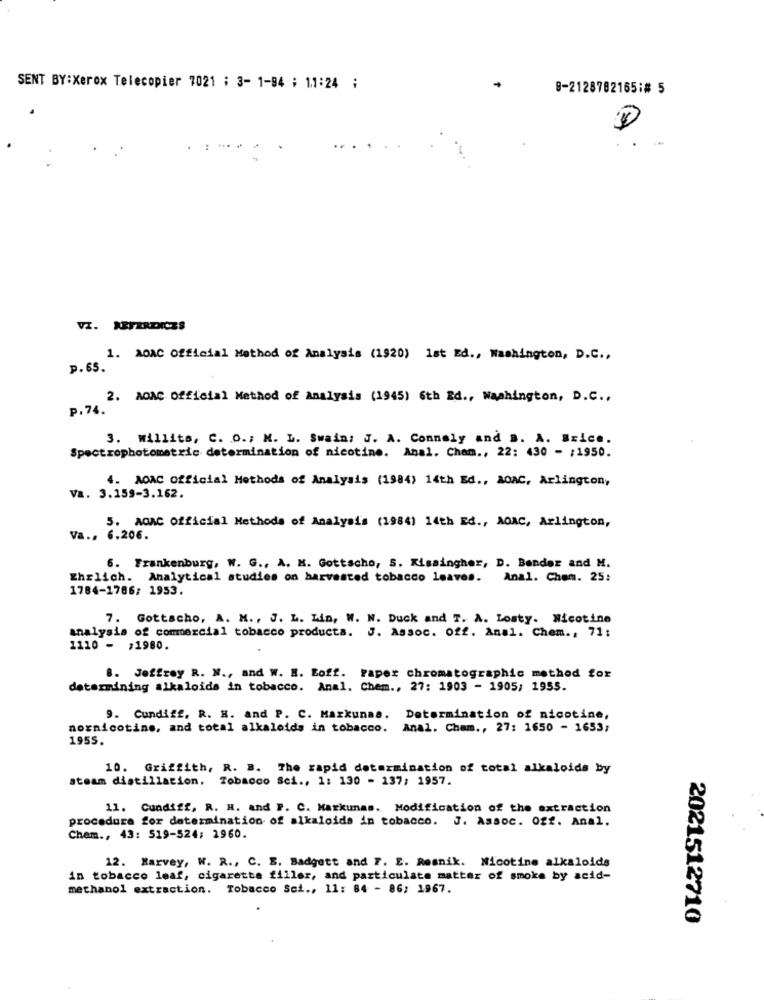
SENT BY:Xerox Telecopier 7021 ; 3- 1-94 ; 11:24 ;
9-2128782165:# 5
VI. REFERDICES
1. AOAC Official Method of Analysis (1920) 1st Ed ., Washington, D.C .,
p.65.
2. AOAC Official Method of Analysis (1945) 6th Ed ., Washington, D.C .,
p.74.
3. willits, C. O .; M. L. Swain: J. A. Connely and B. A. Brice.
Spectrophotometric determination of nicotine. Anal. Cham ., 22: 430 - ; 1950.
4. AOAC Official Methods of Analysis (1984) 14th Ed ., AOAC, Arlington,
Va. 3.159-3.162.
5. AGAC Official Methods of Analysis (1984) 14th Ed ., AOAC, Arlington,
Va ., 6.206.
6. Frankenburg, W. G ., A. M. Gottacho, 5. Kissingher, D. Bender and M.
Ehrlich. Analytical studies on harvested tobacco leaves. Anal. Chem. 25:
1784-1786; 1953.
7. Gottacho, A. M ., J. L. Lin, W. N. Duck and T. A. Losty. Nicotine
analysis of commercial tobacco products. J. Assoc. off. Anal. Chem ., 71;
1110 - , 1980.
8. Jeffrey R. N ., and W. H. Eoff. raper chromatographic method for
determining alkaloids in tobacco. Anal. Chem ., 27: 1903 - 1905; 1955.
9. Cundiff. R. H. and P. C. Markunas. Determination of nicotine,
nornicotine, and total alkaloids in tobacco.
Anal. Cham ., 27: 1650 - 1653;
1955.
10. Griffith, R. B. The rapid determination of total alkaloids by
steam distillation.
Tobacco Sci ., 1: 130 - 137; 1957.
11. Cundiff, R. H. and P. C. Markunas. Modification of the extraction
procedure for determination of alkaloids in tobacco. J. Assoc. Off. Anal.
Chem ., 43: 519-524; 1960.
12. Harvey, W. R ., C. E. Badgett and 7. E. Resnik. Nicotine alkaloids
in tobacco leaf, cigarette filler, and particulate matter of smoke by acid-
methanol extraction. Tobacco Sci ., 11: 84 - 86; 1967.
2021512710